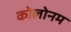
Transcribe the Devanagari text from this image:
कोलोनम